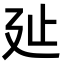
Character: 㢟